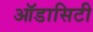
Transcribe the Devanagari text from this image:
ऑडासिटी